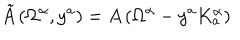
\tilde { A } \, ( \Omega ^ { \alpha } , y ^ { a } ) = A \, ( \Omega ^ { \alpha } - y ^ { a } K _ { a } ^ { \alpha } )